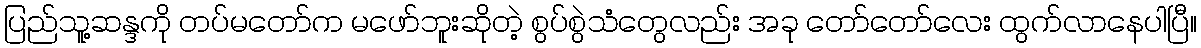
ပြည်သူ့ဆန္ဒကို တပ်မတော်က မဖော်ဘူးဆိုတဲ့ စွပ်စွဲသံတွေလည်း အခု တော်တော်လေး ထွက်လာနေပါပြီ။